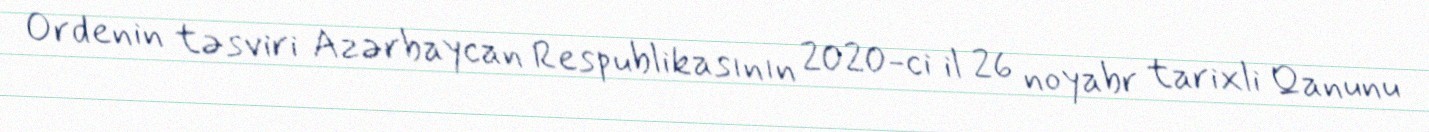
Ordenin təsviri Azərbaycan Respublikasının 2020-ci il 26 noyabr tarixli Qanunu